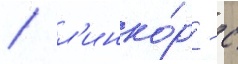
/ л'инко́р - с